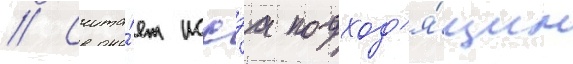
// Счита́ет иссэа подход'я́щим